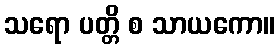
သရော ပတ္တိ စ သာယကော။